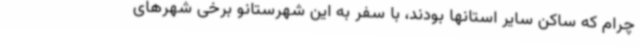
چرام که ساکن سایر استانها بودند، با سفر به این شهرستانو برخی شهرهای